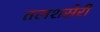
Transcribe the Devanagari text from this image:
तलशसेरी